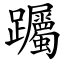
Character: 䠱